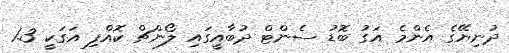
ދުނިޔޭގެ އެންމެ އަގު ބޮޑު ސެންޓް ދުބާއީގައި ލޯންޗް ކޮއްފި އަގަކީ 1.3